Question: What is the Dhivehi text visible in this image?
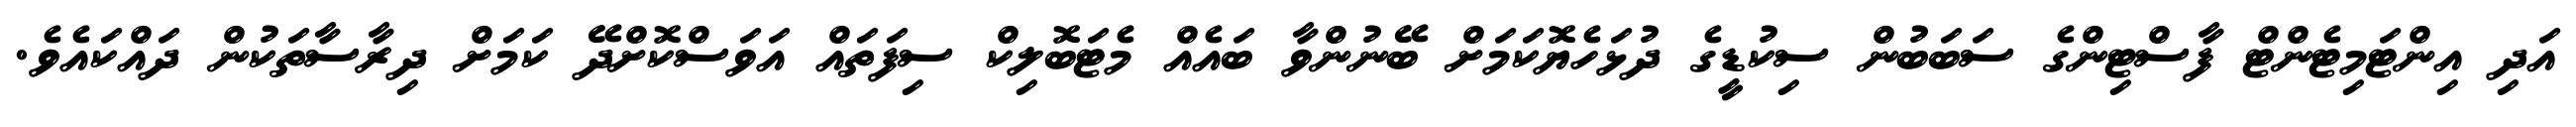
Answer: އަދި އިންޓަމިޓެންޓް ފާސްޓިންގެ ސަބަބުން ސިކުޑީގެ ދުޅަހެޔޮކަމަށް ބޭނުންވާ ބައެއް މެޓަބޮލިކް ސިފަތައް އަވަސްކޮށްދޭ ކަމަށް ދިރާސާތަކުން ދައްކައެވެ.